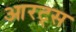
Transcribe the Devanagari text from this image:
आरट्स